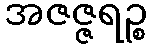
အဇဇ္ဇရဉ္စ